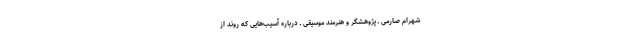
شهرام صارمی ـ پژوهشگر و هنرمند موسیقی ـ درباره آسیب‌هایی که روند از